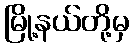
မြို့နယ်တို့မှ